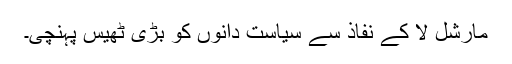
مارشل لا کے نفاذ سے سیاست دانوں کو بڑی ٹھیس پہنچی۔